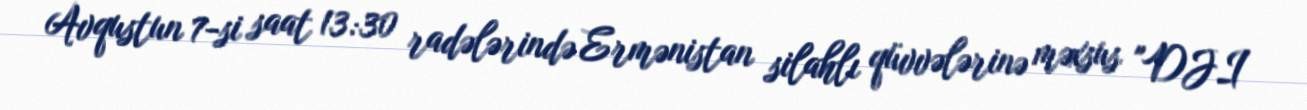
Avqustun 7-si saat 13:30 radələrində Ermənistan silahlı qüvvələrinə məxsus "DJI